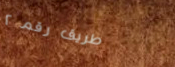
طريق رقم ٢